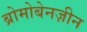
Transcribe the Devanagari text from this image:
ब्रोमोबेनज़ीन